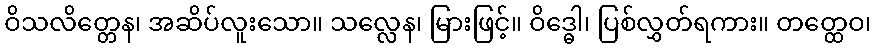
ဝိသလိတ္တေန၊ အဆိပ်လူးသော။ သလ္လေန၊ မြားဖြင့်။ ဝိဒ္ဓေါ၊ ပြစ်လွှတ်ရကား။ တတ္ထေဝ၊